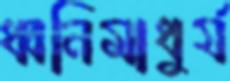
ধ্বনিমাধুর্য